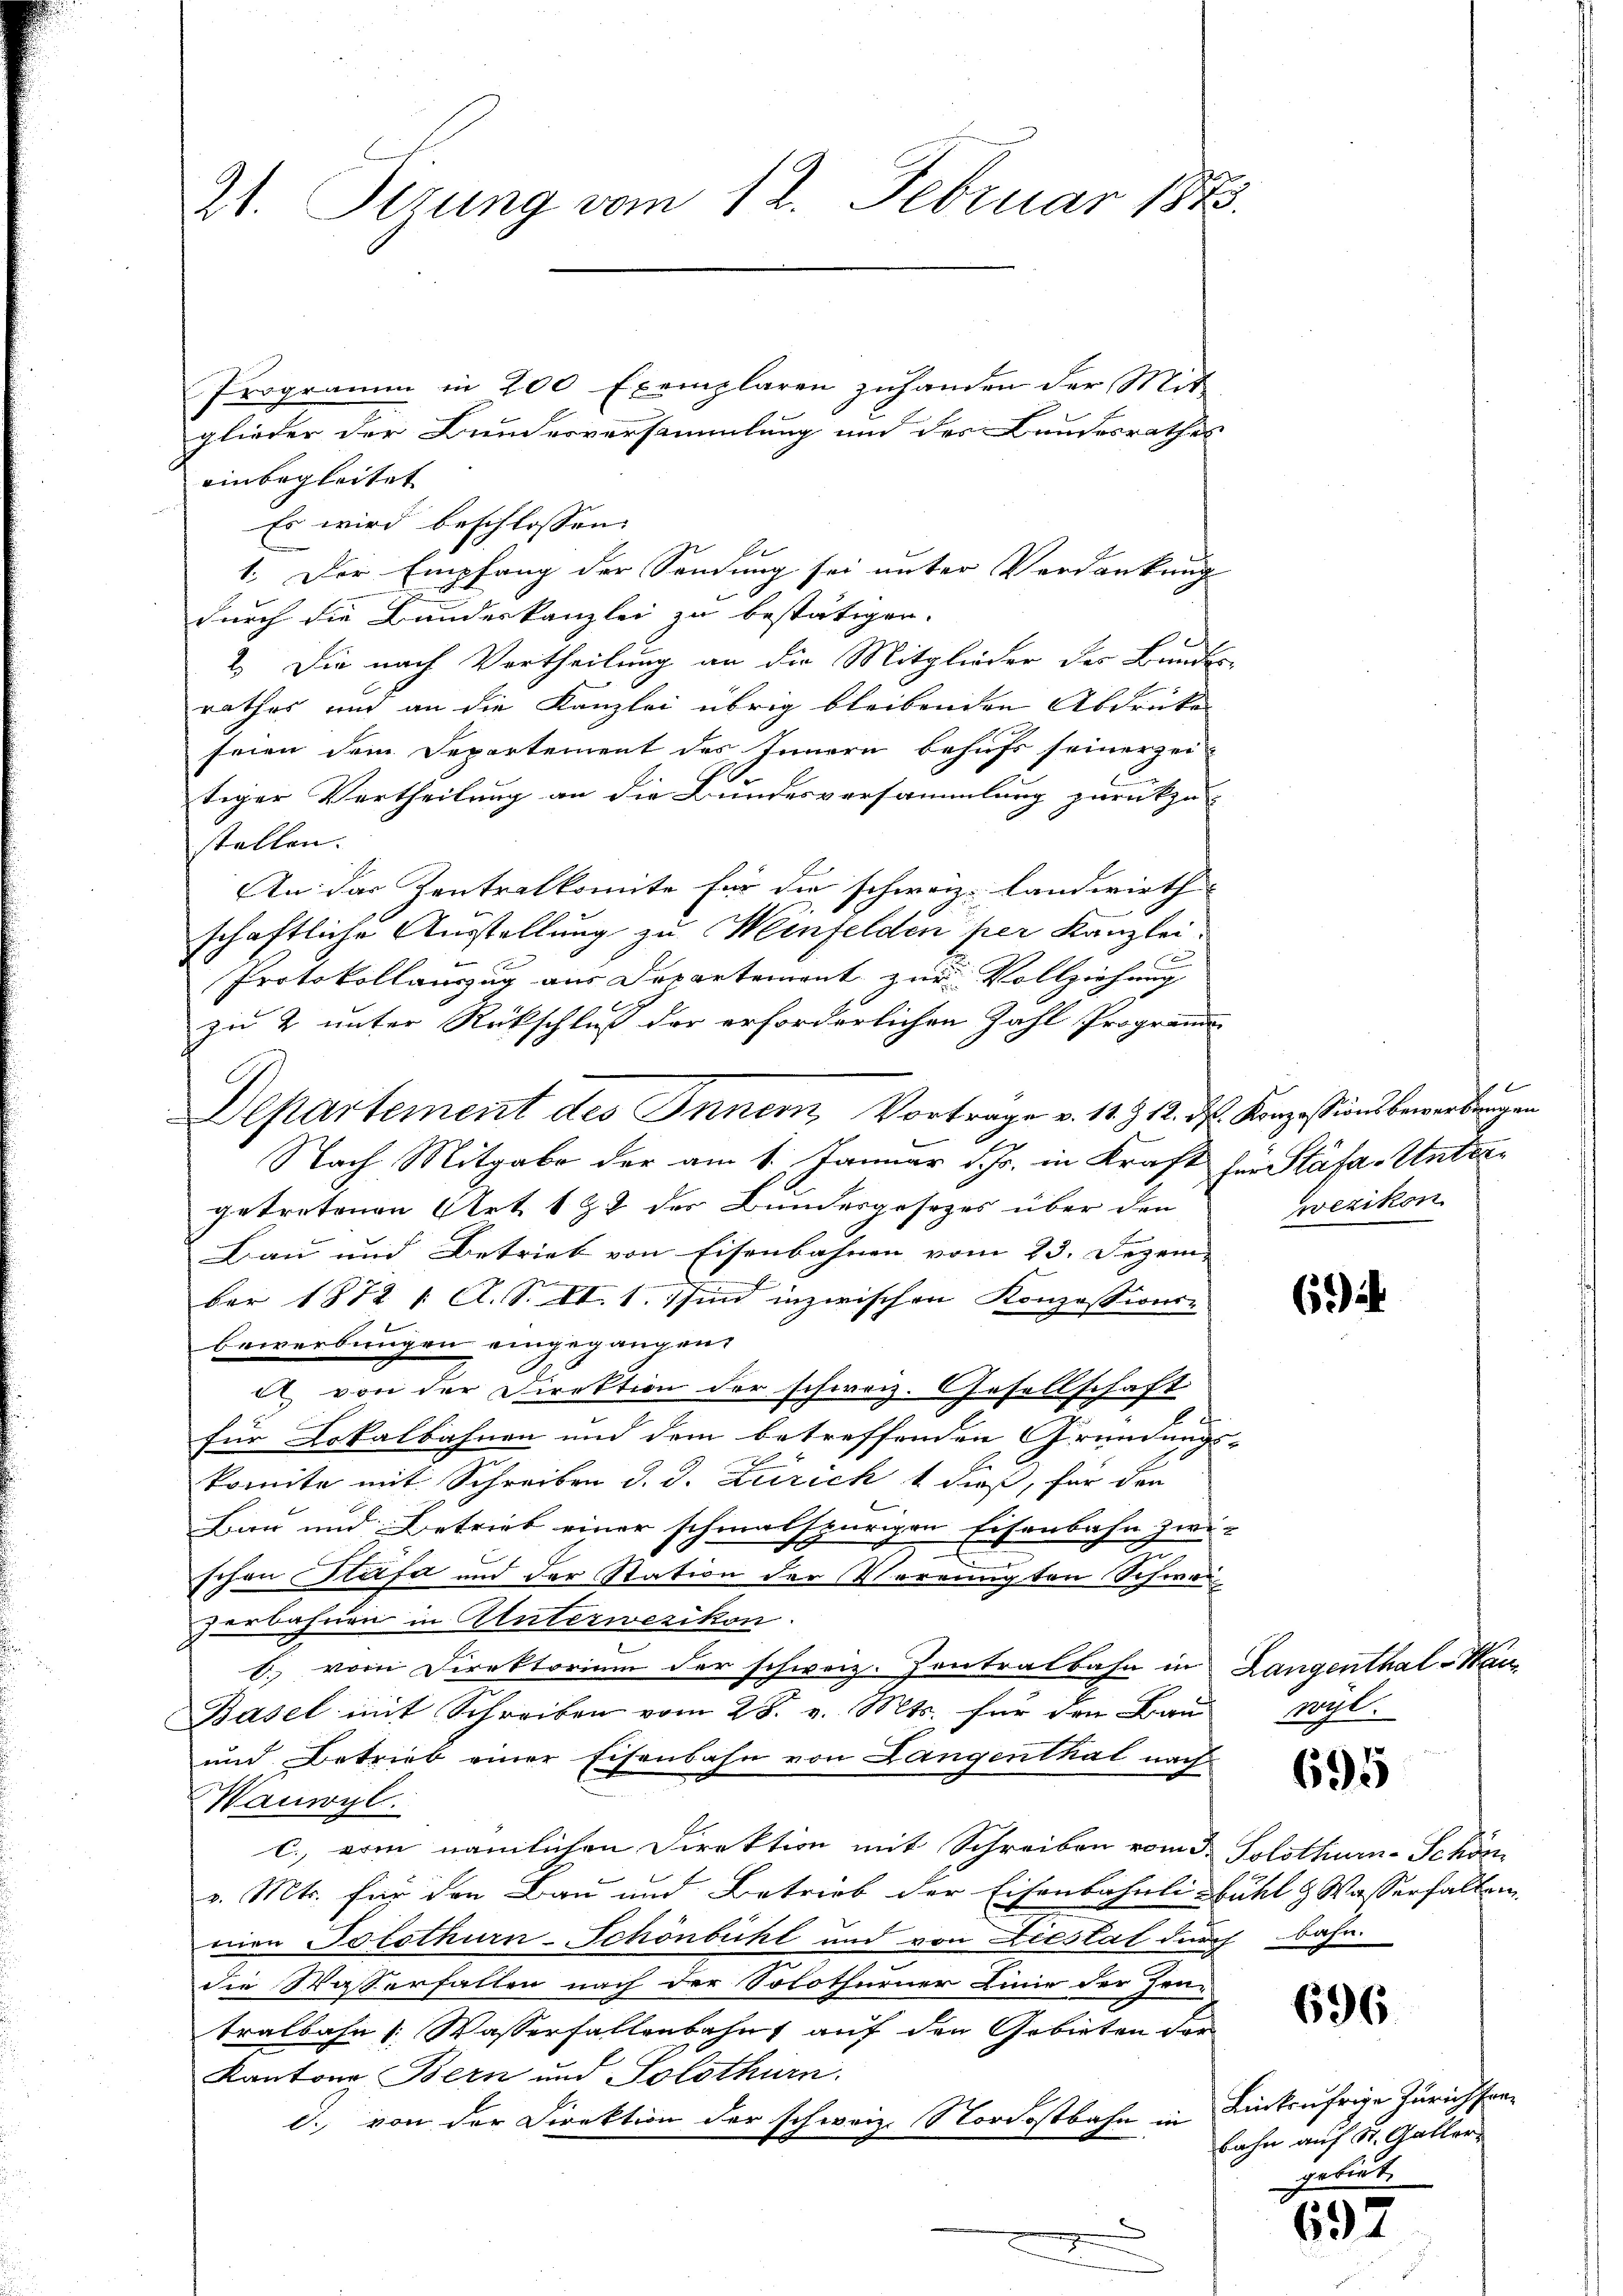
Zt. Pirung vom 12. Februar 1848.

Programm in 200 Exemplaren zuhanden der Mit
glieder der Bundesversammlung und des Bundesrathes
einbegleitet
Es wird beschlossen:
be
1. Der Empfang der Sendung sei unter Verdankung
durch die Bundeskanzlei zu bestätigen.
2. Die nach Vertheilung an die Mitglieder des Bunden
rathes und an die Kanzlei übrig bleibenden Abdrücke
seien dem Departement des Innern behufs seinerzei
i
tiger Vertheilung an die Bundesversammlung zurückzu-
stellen.
An das Zentralkomite für die schweiz. Landwirth
schaftliche Ausstellung zu Weinfelden per Kanzlei.
Protokollauzug aus Departement zur Vollziehung
zu & unter Rückschluß der erforderlichen Zahl Programm
Nach Mitgabe der am 1. Januar d. Js. in Kraft her Stäfa-Untregetretenen Art. 1 & 2 der Bundesgesezes über den
Bau und Betrieb von Eisenbahnen vom 23. Dezem-
ber 1872 / A. S. II. 1. sind inzwischen Konzessionse
bewerbungen eingegangen.
 von der Direktion der schweiz. Gesellschaft
für Lokalbahnen und dem betreffenden Gründungs-
komite mit Schreiben d. d. Züricht dieß, für der
Bin und Betrieb einer schmalspurigen Eisenbahn zwi-
.
u
schon Stäfa und der Station der Vereinigten Schwei
zerbahnen in Unterwezikon.
b. vom Direktorium der schweiz. Zentralbahn in Langenthal-Hau
Basel mit Schreiben vom 28. v. Mts. für den Bau
und Betrieb einer Eisenbahn von Langenthal nach
Wauwyl.
c. vom nämlichen Direktion mit Schreiben vom 3. Solothurn-Schön
v. Mts. für den Bau und Betrieb der Eisenbahnli fühl & Wasserfallen
mien Solothurn-Schönbühl und von Liestat durch bahn
die Wasserfallen nach der Solothurner Linie der Hen-
tralbahn (: Wasserfallenbahn auf den Gebieten der
Kantone Bern und Solothurn
d. von der Direktion der schweiz. Nordostbahn in Eintrufrige Zürich fre

Departement des Inner, Vortrage v. 11. Z. 12. ds. Konzessionsbewerbungen

x
wezikon

6) i

Topl.

695

696.

632

bahn auf St. Galler
gebiet